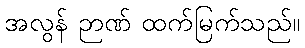
အလွန် ဉာဏ် ထက်မြက်သည်။